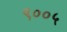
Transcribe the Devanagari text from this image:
९००५